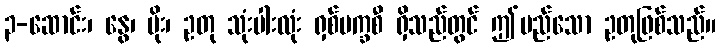
၃-ဆောင်း၊ နွေ၊ မိုး၊ ဥတု သုံးပါးလုံး ရှစ်ပက္ခစီ ရှိသည်တွင် ဤမည်သော ဥတုဖြစ်သည်။